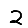
Digit: 2